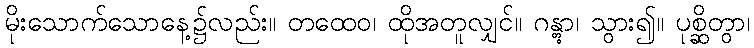
မိုးသောက်သောနေ့၌လည်း။ တထေဝ၊ ထိုအတူလျှင်။ ဂန္တွာ၊ သွား၍။ ပုစ္ဆိတွာ၊